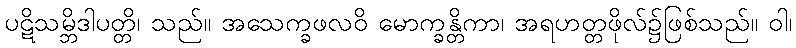
ပဋိသမ္ဘိဒါပတ္တိ၊ သည်။ အသေက္ခဖလဝိ မောက္ခန္တိကာ၊ အရဟတ္တဖိုလ်၌ဖြစ်သည်။ ဝါ၊